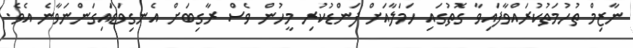
ނާޒިމް ތުހުމަތުކުރައްވާފައިވާ ގޮތުގައި ހަމަލާއަށް ފަންޑުކުރި މީހުން ވެސް ރާގިބަށް އެނގިވަޑައިގަންނަވާނެ އެވެ.